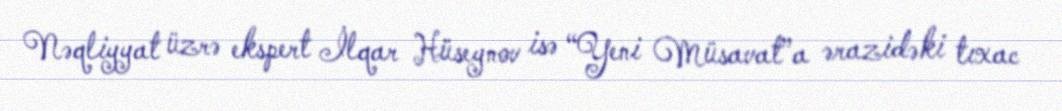
Nəqliyyat üzrə ekspert İlqar Hüseynov isə “Yeni Müsavat”a ərazidəki tıxac